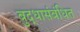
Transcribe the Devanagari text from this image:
बुद्धासंबंधित